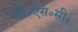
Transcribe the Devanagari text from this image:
बी॰एस॰सी॰